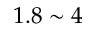
1 . 8 \sim 4